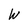
Character: W